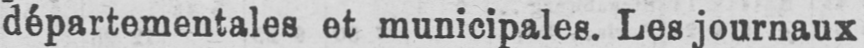
départementales et municipales. Les journaux